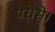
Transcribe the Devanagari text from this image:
परोसे।